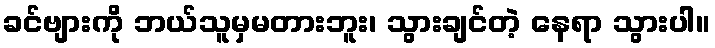
ခင်ဗျားကို ဘယ်သူမှမတားဘူး၊ သွားချင်တဲ့ နေရာ သွားပါ။